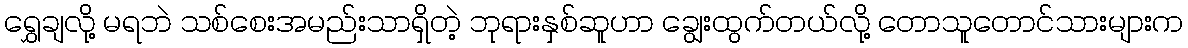
ရွှေချလို့ မရဘဲ သစ်စေးအမည်းသာရှိတဲ့ ဘုရားနှစ်ဆူဟာ ချွေးထွက်တယ်လို့ တောသူတောင်သားများက